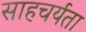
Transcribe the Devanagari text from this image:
साहचर्यता